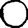
Digit: 0